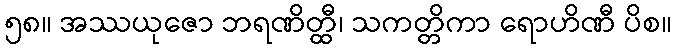
၅၈။ အဿယုဇော ဘရဏိတ္ထီ၊ သကတ္တိကာ ရောဟိဏီ ပိစ။